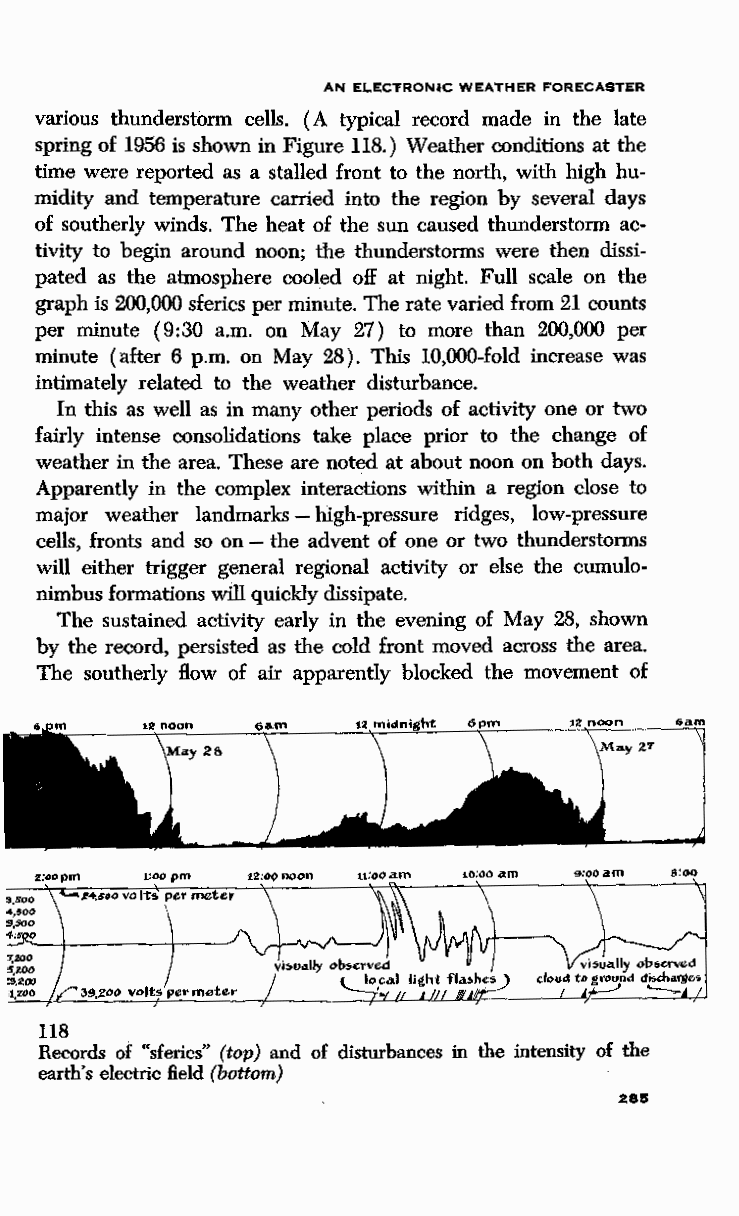
AN ELECTRONIC WEATHER FORECASTER
 various thunderstorm cells. (A typical record made in the late
 spring of 1956 is shown in Figure 118.) Weather conditions at the
 time were reported as a stalled front to the north, with high hu
 midity and temperature carried into the region by several days
 of southerly winds. The heat of the sun caused thunderstorm ac
 tivity to begin around noon; the thunderstorms were then dissi
 pated as the atmosphere cooled off at night. Full scale on the
 graph is 200,000 sferics per minute. The rate varied from 21 counts
 per minute (9:30 a.m. on May 27) to more than 200,000 per
 minute (after 6 p.m. on May 28). This 10,000-fold increase was
 intimately related to the weather disturbance.
 In this as well as in many other periods of activity one or two
 fairly intense consolidations take place prior to the change of
 weather in the area. These are noted at about noon on both days.
 Apparently in the complex interactions within a region close to
 major weather landmarks -high-pressure ridges, low-pressure
 cells, fronts and so on - the advent of one or two thunderstorms
 will either trigger general regional activity or else the cumulo
 nimbus formations will quickly dissipate.
 The sustained activity early in the evening of May 28, shown
 by the record, persisted as the cold front moved across the area.
 The southerly How of air apparently blocked the movement of
 118
 Records of "sferics" (top) and of disturbances in the intensity of the
 earth's electric field (bottom)
 285